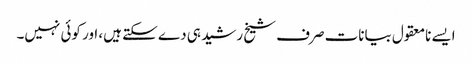
ایسے نامعقول بیانات صرف شیخ رشید ہی دے سکتے ہیں، اور کوئی نہیں۔